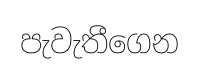
පැවැතීගෙන